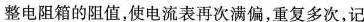
整电阻箱的阻值，使电流表再次满偏，重复多次，记